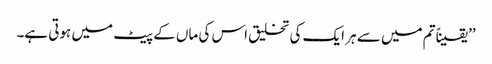
’’یقیناً تم میں سے ہر ایک کی تخلیق اس کی ماں کے پیٹ میں ہوتی ہے۔